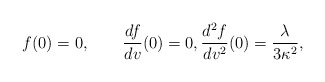
\begin{align*} f(0)=0,\qquad\frac{df}{dv}(0)=0,\frac{d^2f}{dv^2}(0)=\frac{\lambda}{3\kappa^2},\end{align*}